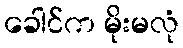
ခေါင်က မိုးမလုံ